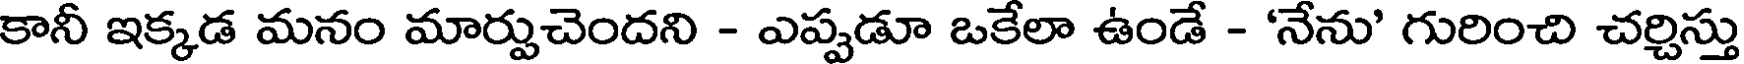
కానీ ఇక్కడ మనం మార్పుచెందని - ఎప్పడూ ఒకేలా ఉండే - 'నేను' గురించి చర్చిస్తు